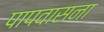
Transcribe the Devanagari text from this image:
पापवासना